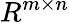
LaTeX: R^{m\times n}